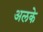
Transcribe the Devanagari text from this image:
अलके